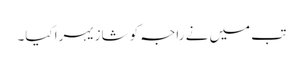
تب میں نے راجہ کو شازیہرا کیا۔